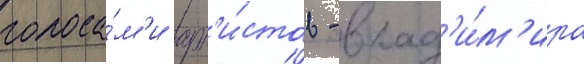
голоса́м'и арт'и́стов - влад'и́м'ира